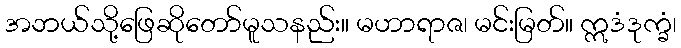
အဘယ်သို့ဖြေဆိုတော်မူသနည်း။ မဟာရာဇ၊ မင်းမြတ်။ ဣဒံဒုက္ခံ၊